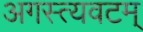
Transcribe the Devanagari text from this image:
अगस्त्यवटम्